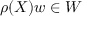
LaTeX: \rho ( X ) w \in W